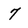
Character: 7